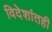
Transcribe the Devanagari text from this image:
विदेशांतही